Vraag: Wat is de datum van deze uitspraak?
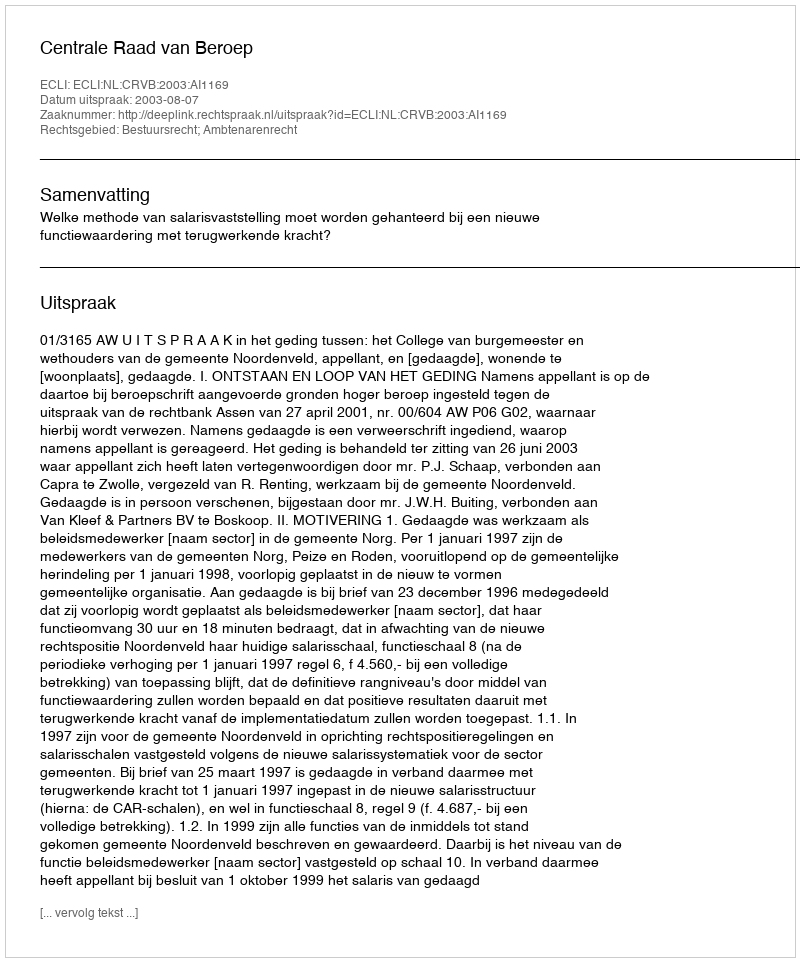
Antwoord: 2003-08-07